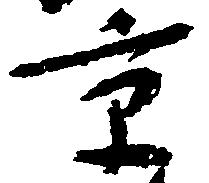
京